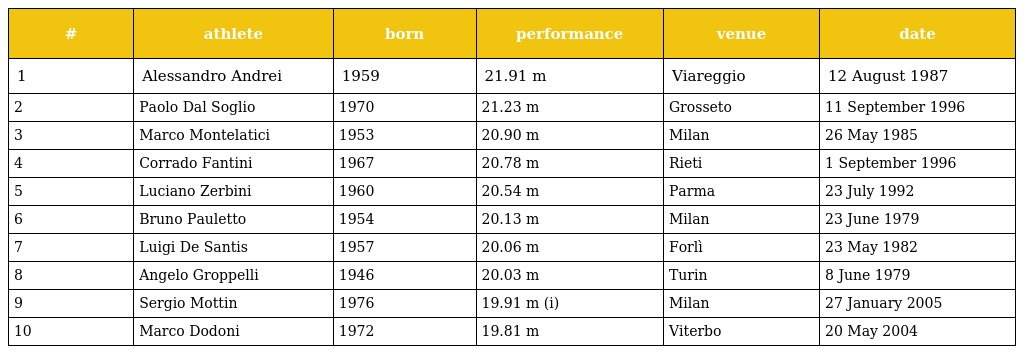
| # | athlete | born | performance | venue | date |
 | --- | --- | --- | --- | --- | --- |
 | 1 | Alessandro Andrei | 1959 | 21.91 m | Viareggio | 12 August 1987 |
 | 2 | Paolo Dal Soglio | 1970 | 21.23 m | Grosseto | 11 September 1996 |
 | 3 | Marco Montelatici | 1953 | 20.90 m | Milan | 26 May 1985 |
 | 4 | Corrado Fantini | 1967 | 20.78 m | Rieti | 1 September 1996 |
 | 5 | Luciano Zerbini | 1960 | 20.54 m | Parma | 23 July 1992 |
 | 6 | Bruno Pauletto | 1954 | 20.13 m | Milan | 23 June 1979 |
 | 7 | Luigi De Santis | 1957 | 20.06 m | Forlì | 23 May 1982 |
 | 8 | Angelo Groppelli | 1946 | 20.03 m | Turin | 8 June 1979 |
 | 9 | Sergio Mottin | 1976 | 19.91 m (i) | Milan | 27 January 2005 |
 | 10 | Marco Dodoni | 1972 | 19.81 m | Viterbo | 20 May 2004 |